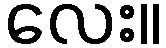
လေး။